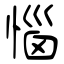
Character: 惱